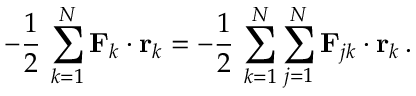
- { \frac { 1 } { 2 } } \, \sum _ { k = 1 } ^ { N } \mathbf { F } _ { k } \cdot \mathbf { r } _ { k } = - { \frac { 1 } { 2 } } \, \sum _ { k = 1 } ^ { N } \sum _ { j = 1 } ^ { N } \mathbf { F } _ { j k } \cdot \mathbf { r } _ { k } \, .